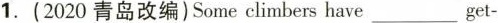
1.(2020青岛改编)Some climbers have ___ get-